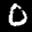
Label: 0